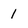
Character: 1